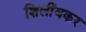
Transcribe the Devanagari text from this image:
शिलींबकर